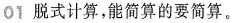
01 脱式计算，能简算的要简算。